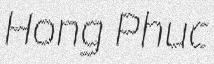
Hong Phuc